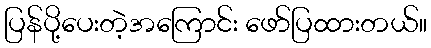
ပြန်ပို့ပေးတဲ့အကြောင်း ဖော်ပြထားတယ်။